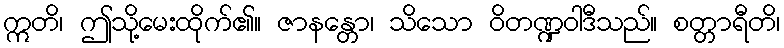
ဣတိ၊ ဤသို့မေးထိုက်၏။ ဇာနန္တော၊ သိသော ဝိတဏ္ဍဝါဒီသည်။ စတ္တာရီတိ၊